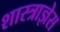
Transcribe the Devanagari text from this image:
शास्त्राज्ञेस